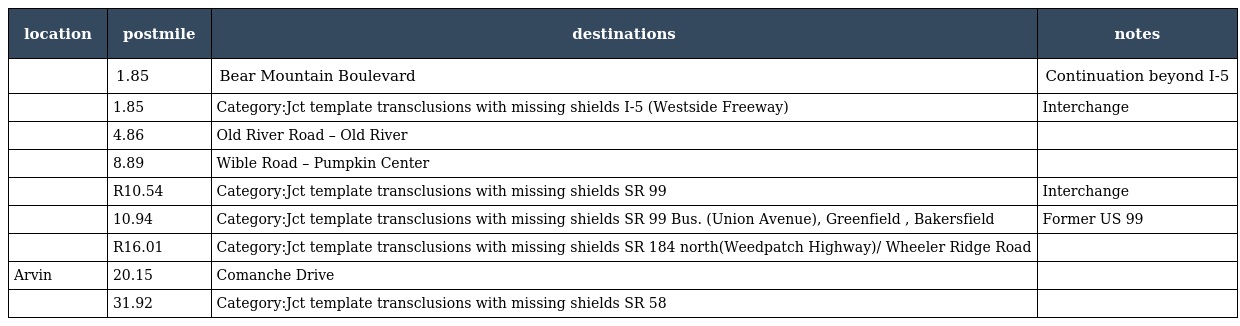
| location | postmile | destinations | notes |
 | --- | --- | --- | --- |
 |  | 1.85 | Bear Mountain Boulevard | Continuation beyond I-5 |
 |  | 1.85 | Category:Jct template transclusions with missing shields I-5 (Westside Freeway) | Interchange |
 |  | 4.86 | Old River Road – Old River |  |
 |  | 8.89 | Wible Road – Pumpkin Center |  |
 |  | R10.54 | Category:Jct template transclusions with missing shields SR 99 | Interchange |
 |  | 10.94 | Category:Jct template transclusions with missing shields SR 99 Bus. (Union Avenue), Greenfield , Bakersfield | Former US 99 |
 |  | R16.01 | Category:Jct template transclusions with missing shields SR 184 north(Weedpatch Highway)/ Wheeler Ridge Road |  |
 | Arvin | 20.15 | Comanche Drive |  |
 |  | 31.92 | Category:Jct template transclusions with missing shields SR 58 |  |